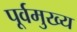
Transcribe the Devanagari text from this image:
पूर्वमुख्य